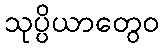
သုပ္ပိယာတွေဝ